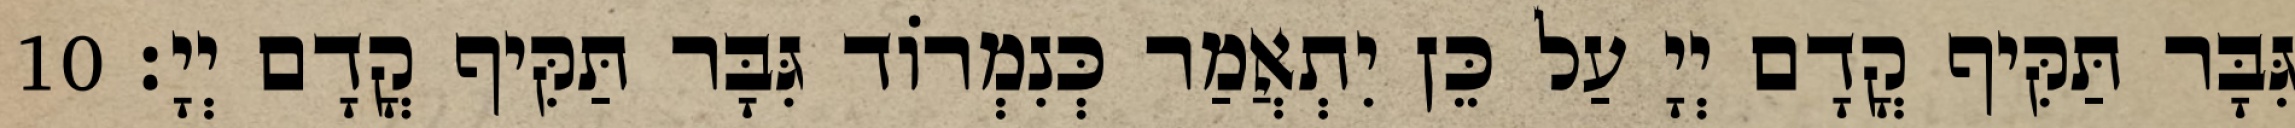
גִּבָּר תַּקִּיף קֳדָם יְיָ עַל כֵּן יִתְאֲמַר כְּנִמְרוֹד גִּבָּר תַּקִּיף קֳדָם יְיָ׃ 10